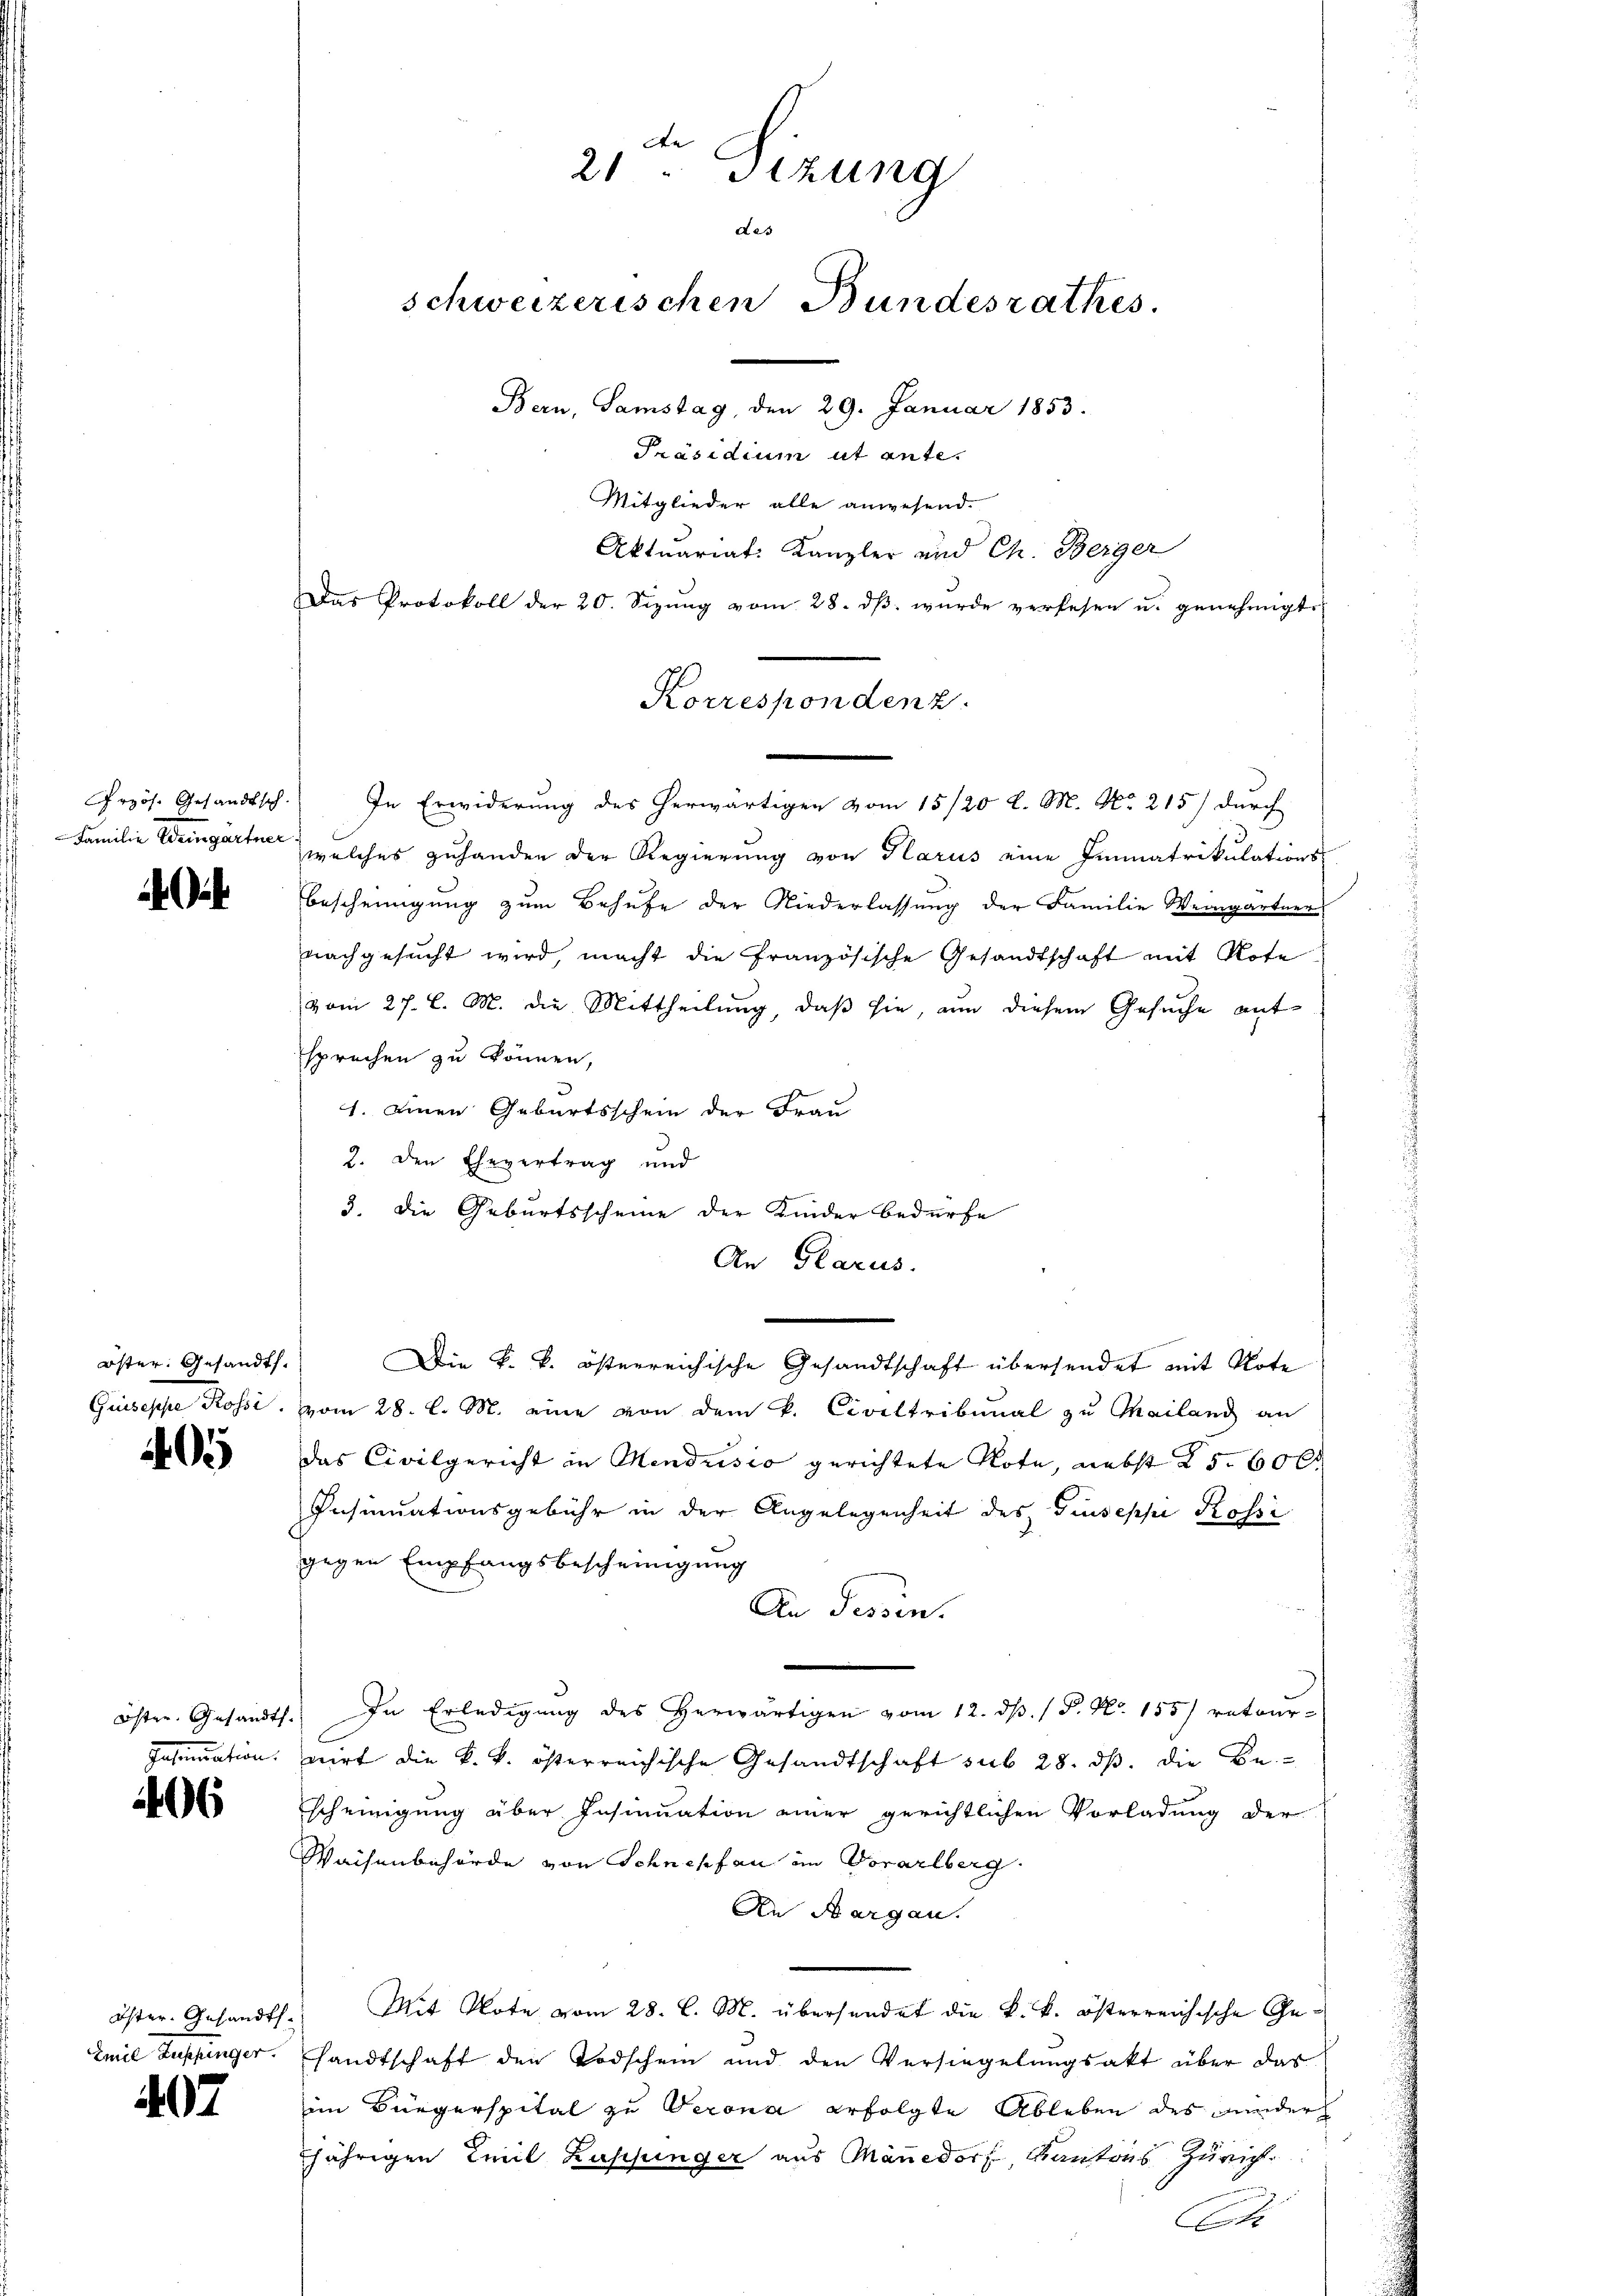
Grzös. Gesandtsch.
Familie Weingartner

öster Gesandt.
Gemische Posi

05

östen. Gesandts
Insinuation.

406

Öster. Gesandts.
Zeiel Ausfünger.

07.

e
21. Sizung
des
schweizerischen Bundesrathes.
Bern, Samstag, den 29. Januar 1853.
Präsidium ut ante.
Mitglieder alle anwesend.

welches zuhanden der Regierung von Glarus eine Immatrikulations-
Bescheinigung zum Behufe der Niederlassung der Familie Weingärtner
nachgesucht wird, macht die französische Gesandtschaft mit Rote
vom 27. l. M. die Mittheilung, daß sie, an diesem Gesuche entsprechen zu können,
1. einen Geburtsschein der Frau
2. den Ehevertrag und
3. Die Geburtsscheine der Kinder bedürfe
An Glarus.
Die k. k. österreichische Gesandtschaft übersendet mit Note
vom 28. l. M. eine von dem k. Civiltribunal zu Mailanz an
das Civilgericht in Mendusio gerichtete Rote, nebst 25. 60 l.
Insinuationsgebühr in der Angelegenheit des Giuseppi Rossi
gegen Empfangsbescheinigung
An Tessin.
In Erledigung des herwärtigen vom 12. d. 1 P. Nr. 155) retour-
wirt die k. k. österreichische Gesandtschaft sub 28. ds. die Be-
Escheinigung über Insinuation einer gerichtlichen Vorladung der
Waisenbehörde von Schnepfen im Vorarlberg.
An Aargau.
Mit Note vom 28. l. M. übersendet die k. k. österreichische Gesandtschaft den Todschein und den Versiegelungsakt über das
im Bürgerspital zu Verona erfolgte Ableben des Bunder
jährigen Emil Zuschunger aus Mänedorf, Kantons Zürich
C

Aktuariat: Kanzler und Ch. Berger
Das Protokoll der 20. Sizŭng vom 28. dβ. wurde verlesen u. genehmigt.
Korrespondenz.
s
In Erwiderung des herwärtigen vom 15/20 l. M. No. 215) durch